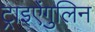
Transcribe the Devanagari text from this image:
ट्राइऐंगुलिन